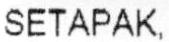
SETAPAK,